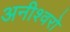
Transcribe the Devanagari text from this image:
अनीश्वरो